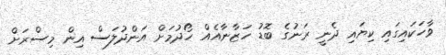
ވާހަކައިގައި ކިޔައި ދެނީ ރަނުގެ ބޮޑު ހަޒާނާއެއް ހޯދުމަށް އަންދުލަސް އިން މިސްރަށް